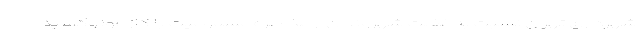
شهرداری تهران نسبت به غفلت شهروندان از مخاطره مسمومیت با گاز مونوکسید